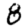
Digit: 8